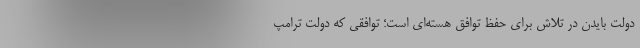
دولت بایدن در تلاش برای حفظ توافق هسته‌ای است؛ توافقی که دولت ترامپ